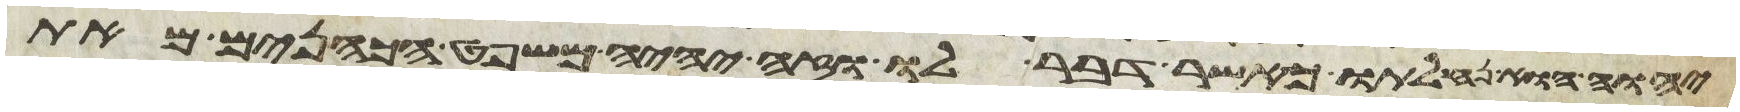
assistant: יהוה הוא נחלתו כאשר דבר לו וזה יהיה משפט הכהנים מאת